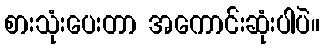
စားသုံးပေးတာ အကောင်းဆုံးပါပဲ။